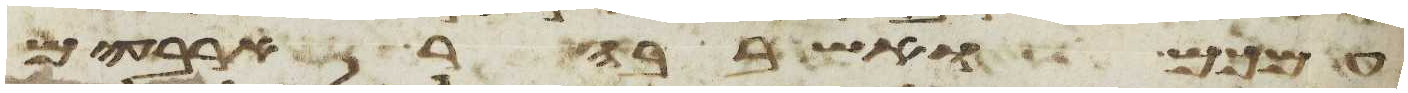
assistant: עמכם ואשב בהר ארבעים